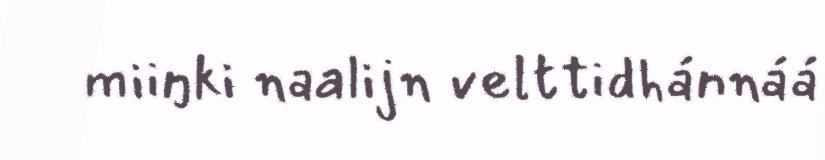
miiŋki naalijn velttidhánnáá